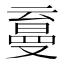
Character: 𰁛